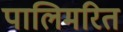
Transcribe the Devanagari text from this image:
पालिमरित